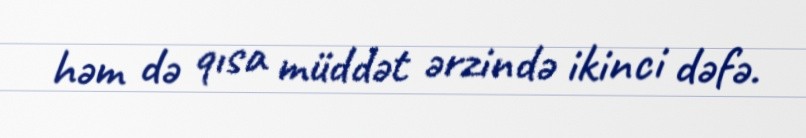
həm də qısa müddət ərzində ikinci dəfə.